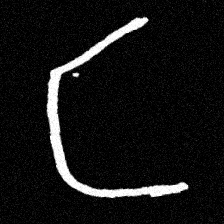
Pyu character \u2014 Myanmar letter: င (romanized: nga)